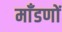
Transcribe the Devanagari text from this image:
माँडणों